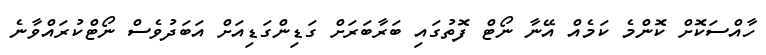
ހާއްސަކޮށް ކޮންމެ ކަމެއް އޭނާ ނޯޓް ފޮތުގައި ބަރާބަރަށް ގަޑިންގަޑިއަށް އަބަދުވެސް ނޯޓްކުރައްވާނެ